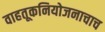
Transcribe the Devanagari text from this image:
वाहतूकनियोजनाचाच